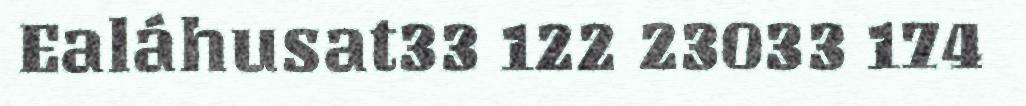
Ealáhusat33 122 23033 174